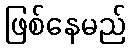
ဖြစ်နေမည်